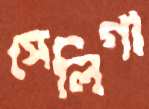
সেলিগা